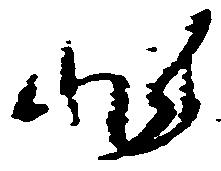
非